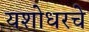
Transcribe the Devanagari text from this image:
यशोधरचे